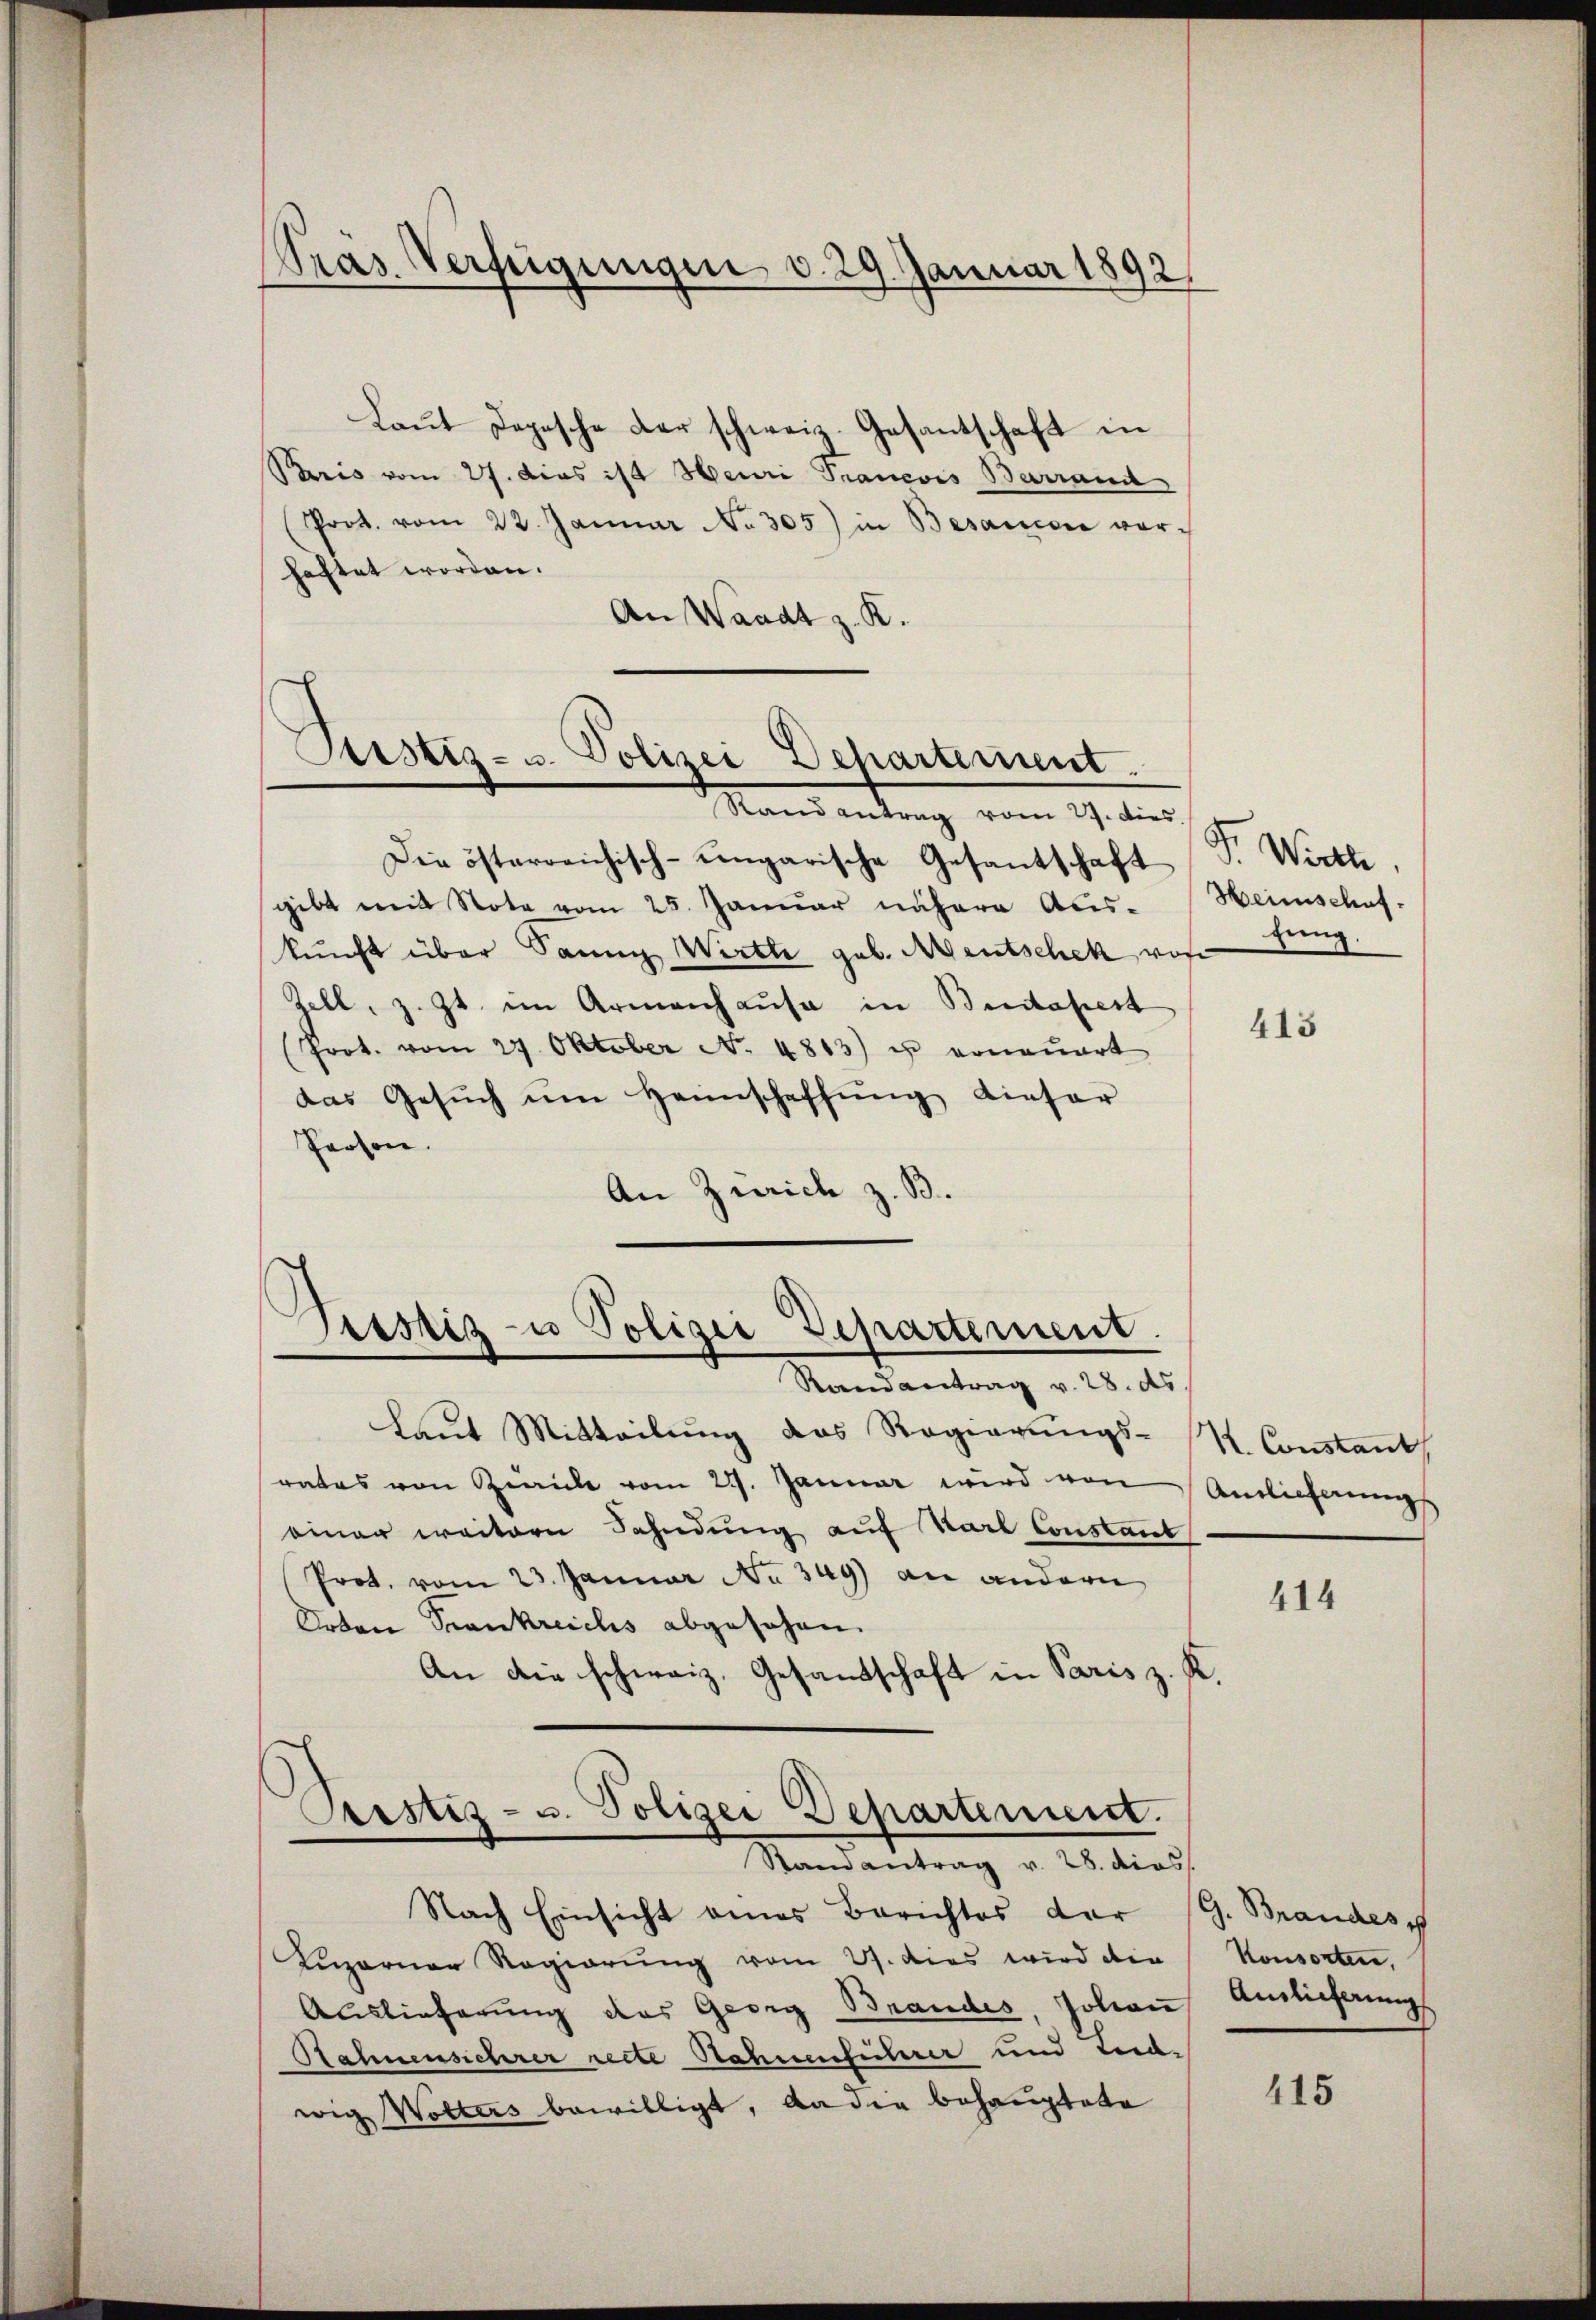
Pras Verfügungen d. 29. Januar 1892/

Laut Depesche der schweiz. Gesantschaft in
Paris vom 27. dies ist Heuri Tranevis Barrand
(Prot. vom 22. Januar No. 305) in Besandre vor-
haftet worden.
An Waadt z. K.

Astiz- u. Polizei Departement.

Rand antrag vom 27. Dies
Die österreichisch-ungarische Gesantschaft
gibt mit Nota vom 25. Januar nähere Aus- Heimschaf-
kunft über Sann Wirth geb. Mentschek von
Zell, z. Zt. im Armenhause in Budapest
Prot. vom 27. Oktober No. 4813) u. erneuert
das Gesŭch ŭm Heimschaffŭng dieser
Person.
An Zürich z. B.

Piustiz- u Polizei Departement.
Randantrag v. 28. ds.

Laut Mitteilung das Regierungs-
rates von Zwicke vom 27. Januar wird von Anlieferung
einer weitern Fahndung auf Karl Constant
Prot. vom 23. Januar No 349) an andern
Orten Trankreichs abgesehen.
An die schweiz. Gesandtschaft in Paris z. R.
Aristiz- u. Polizei Departenient.

Randantrag v. 28. dies

Nach Einsicht eines Berichtes der G. Brandes
Kuzorner Regierung vom 21. das wird die
Auslieferung des Georg Brandes, Johan
Nahnenschrer rede Nahmeführer und Leid-
wig Wolters bewilligt, da die behauptete

Dr. Wirthe
tung.

413

K. Constant

414

Konsorten,
Anslicherung

415